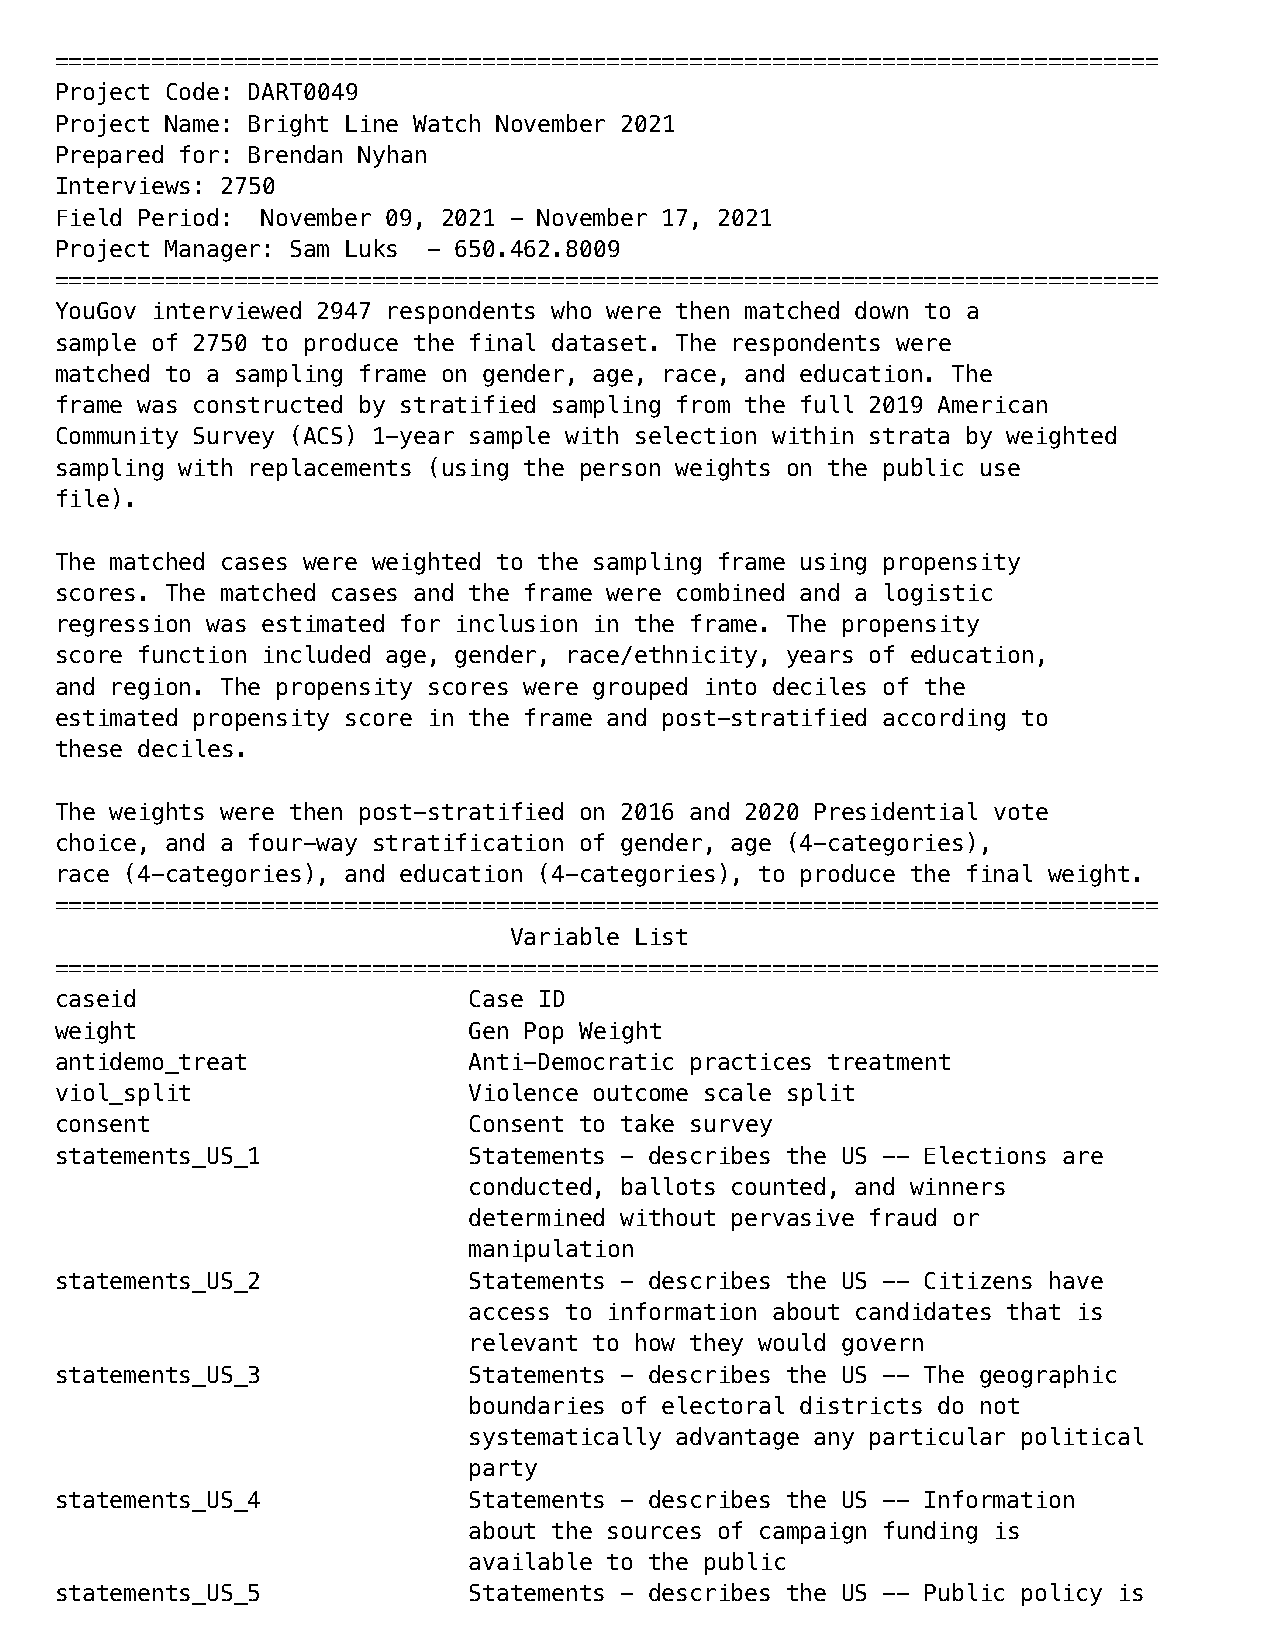
================================================================================
 Project Code: DART0049
 Project Name: Bright Line Watch November 2021
 Prepared for: Brendan Nyhan
 Interviews: 2750
 Field Period: November 09, 2021 - November 17, 2021
 Project Manager: Sam Luks - 650.462.8009
 ================================================================================
 YouGov interviewed 2947 respondents who were then matched down to a
 sample of 2750 to produce the final dataset. The respondents were
 matched to a sampling frame on gender, age, race, and education. The
 frame was constructed by stratified sampling from the full 2019 American
 Community Survey (ACS) 1-year sample with selection within strata by weighted
 sampling with replacements (using the person weights on the public use
 file).
 The matched cases were weighted to the sampling frame using propensity
 scores. The matched cases and the frame were combined and a logistic
 regression was estimated for inclusion in the frame. The propensity
 score function included age, gender, race/ethnicity, years of education,
 and region. The propensity scores were grouped into deciles of the
 estimated propensity score in the frame and post-stratified according to
 these deciles.
 The weights were then post-stratified on 2016 and 2020 Presidential vote
 choice, and a four-way stratification of gender, age (4-categories),
 race (4-categories), and education (4-categories), to produce the final weight.
 ================================================================================
 Variable List
 ================================================================================
 caseid                     Case ID
 weight                     Gen Pop Weight
 antidemo_treat             Anti-Democratic practices treatment
 viol_split                 Violence outcome scale split
 consent                    Consent to take survey
 statements_US_1            Statements - describes the US -- Elections are
 conducted, ballots counted, and winners
 determined without pervasive fraud or
 manipulation
 statements_US_2            Statements - describes the US -- Citizens have
 access to information about candidates that is
 relevant to how they would govern
 statements_US_3            Statements - describes the US -- The geographic
 boundaries of electoral districts do not
 systematically advantage any particular political
 party
 statements_US_4            Statements - describes the US -- Information
 about the sources of campaign funding is
 available to the public
 statements_US_5            Statements - describes the US -- Public policy is